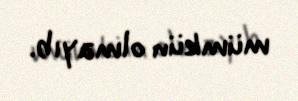
mümkün olmayıb.